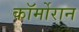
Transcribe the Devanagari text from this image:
कॉर्मोरान